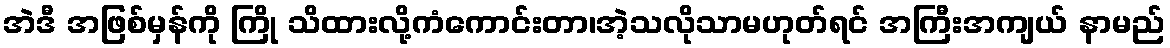
အဲဒီ အဖြစ်မှန်ကို ကြို သိထားလို့ကံကောင်းတာ၊အဲ့သလိုသာမဟုတ်ရင် အကြီးအကျယ် နာမည်